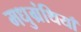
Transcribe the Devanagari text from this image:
मधुग्रंथियाँ